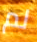
لم